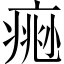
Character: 𤸨